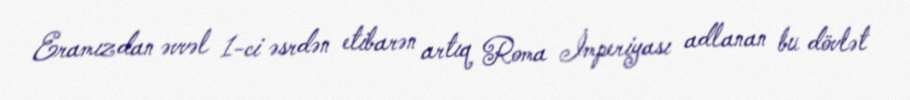
Eramızdan əvvəl 1-ci əsrdən etibarən artıq Roma İmperiyası adlanan bu dövlət